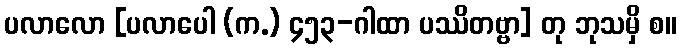
ပလာလော [ပလာပေါ (က.) ၄၅၃-ဂါထာ ပဿိတဗ္ဗာ] တု ဘုသမှိ စ။